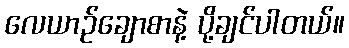
လေယာဉ်ချောစာနဲ့ ပို့ချင်ပါတယ်။